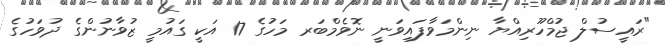
"ރައީސުލް ޖުމްހޫރިއްޔާ ނިންމަވާފައިވަނީ ނޮވެމްބަރ މަހުގެ 17 އަކީ ގައުމީ ޒުވާނުންގެ ދުވަހުގެ